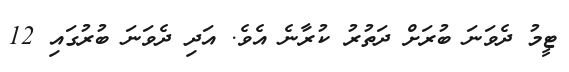
ޓީމު ދެވަނަ ބުރަށް ދަތުރު ކުރާނެ އެވެ. އަދި ދެވަނަ ބުރުގައި 12